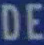
DE